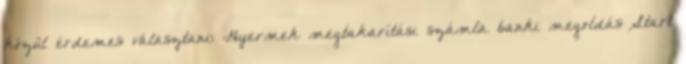
közül érdemes választani: Gyermek megtakarítási számla banki megoldás Start